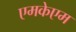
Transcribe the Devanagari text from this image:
एमकेएम